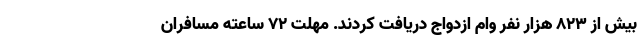
بیش از ۸۲۳ هزار نفر وام ازدواج دریافت کردند. مهلت ۷۲ ساعته مسافران